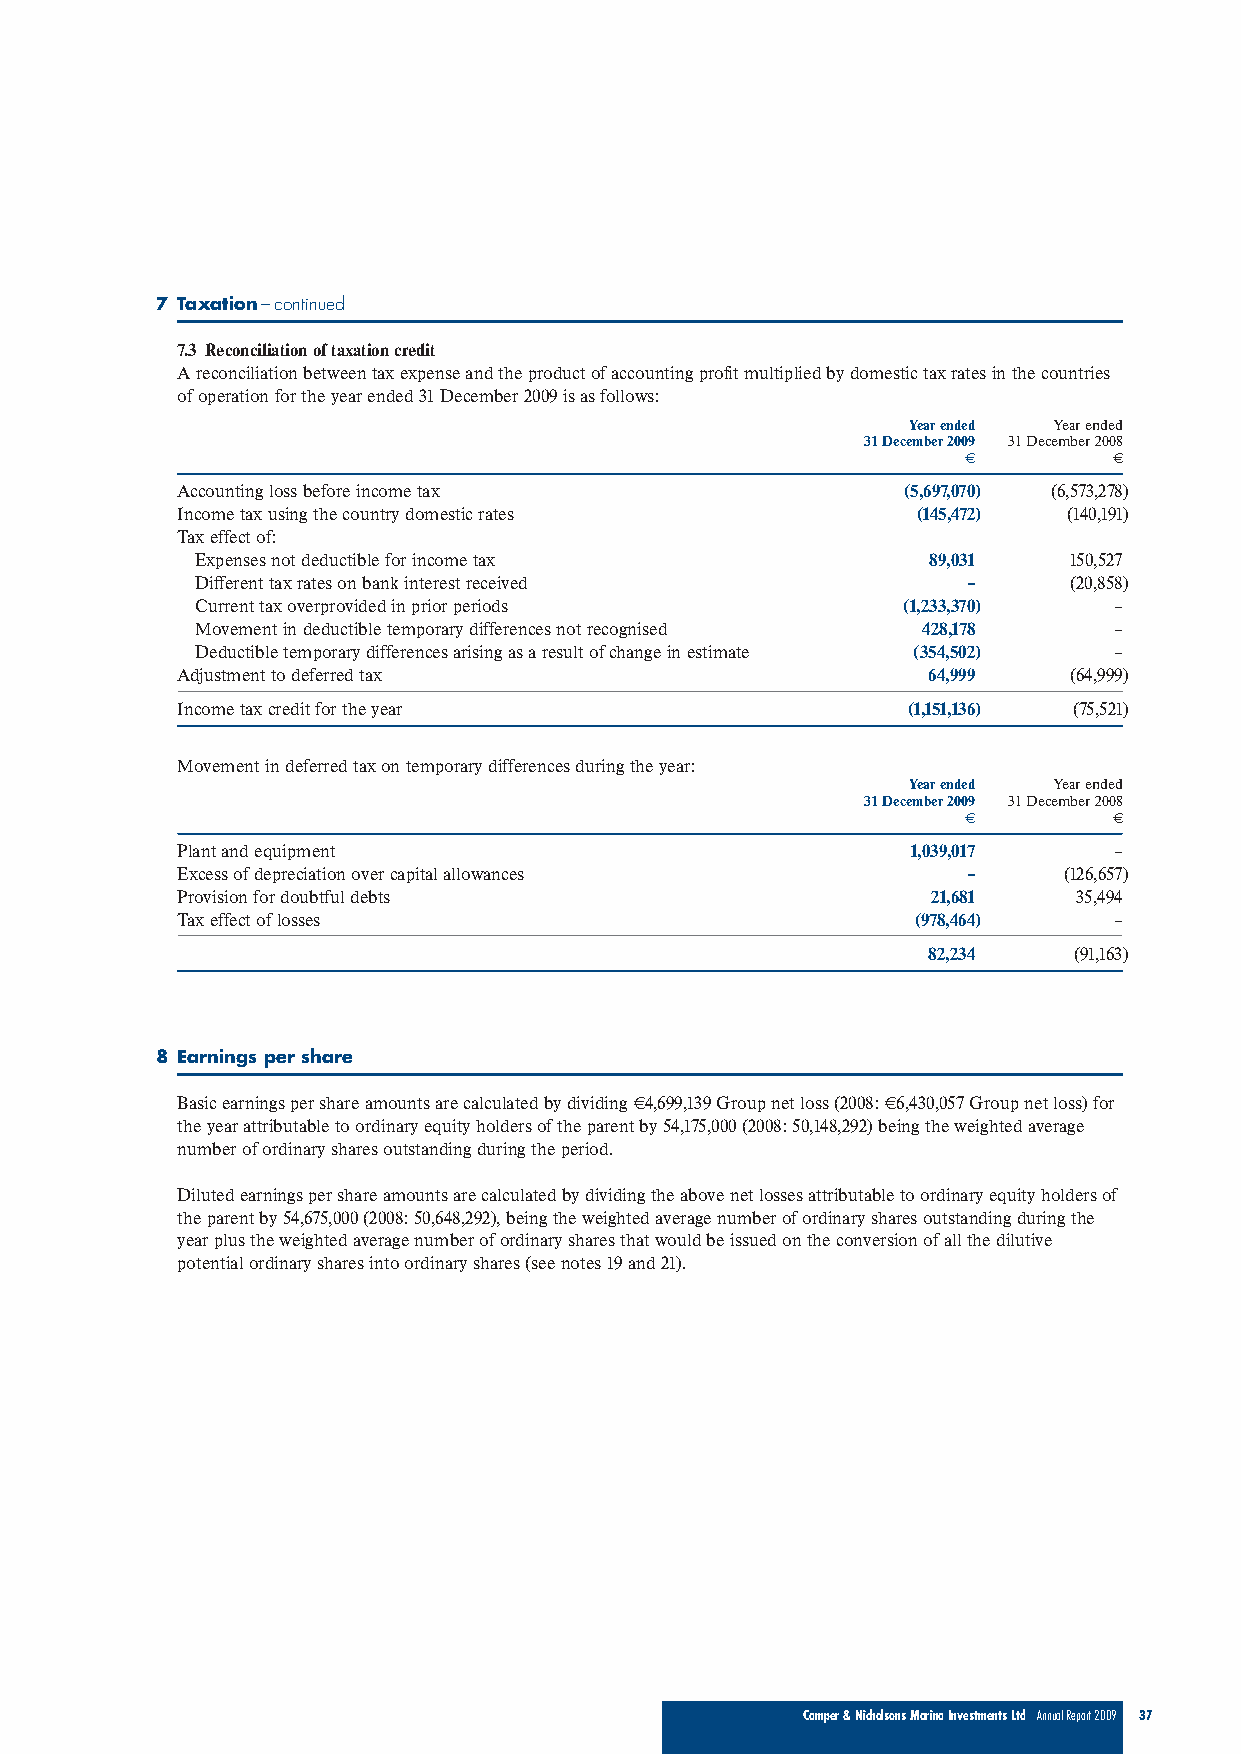
7 Taxation–continued
 7.3 Reconciliation of taxation credit
 A reconciliation between tax expense and the product of accounting profit multiplied by domestic tax rates in the countries
 of operation for the year ended 31 December 2009 is as follows:
 Year ended Year ended
 31 December 2009 31 December 2008
 €         €
 Accounting loss before income tax               (5,697,070) (6,573,278)
 Income tax using the country domestic rates      (145,472) (140,191)
 Tax effect of:
 Expenses not deductible for income tax          89,031    150,527
 Different tax rates on bank interest received      –      (20,858)
 Current tax overprovided in prior periods      (1,233,370)   –
 Movement in deductible temporary differences not recognised 428,178 –
 Deductible temporary differences arising as a result of change in estimate (354,502) –
 Adjustment to deferred tax                       64,999    (64,999)
 Income tax credit for the year                  (1,151,136) (75,521)
 Movement in deferred tax on temporary differences during the year:
 Year ended Year ended
 31 December 2009 31 December 2008
 €         €
 Plant and equipment                             1,039,017     –
 Excess of depreciation over capital allowances      –     (126,657)
 Provision for doubtful debts                      21,681   35,494
 Tax effect of losses                             (978,464)    –
 82,234    (91,163)
 8 Earnings per share
 Basic earnings per share amounts are calculated by dividing €4,699,139 Group net loss (2008: €6,430,057 Group net loss) for
 the year attributable to ordinary equity holders of the parent by 54,175,000 (2008: 50,148,292) being the weighted average
 number of ordinary shares outstanding during the period.
 Diluted earnings per share amounts are calculated by dividing the above net losses attributable to ordinary equity holders of
 the parent by 54,675,000 (2008: 50,648,292), being the weighted average number of ordinary shares outstanding during the
 year plus the weighted average number of ordinary shares that would be issued on the conversion of all the dilutive
 potential ordinary shares into ordinary shares (see notes 19 and 21).
 Camper & Nicholsons Marina Investments Ltd Annual Report 2009 37